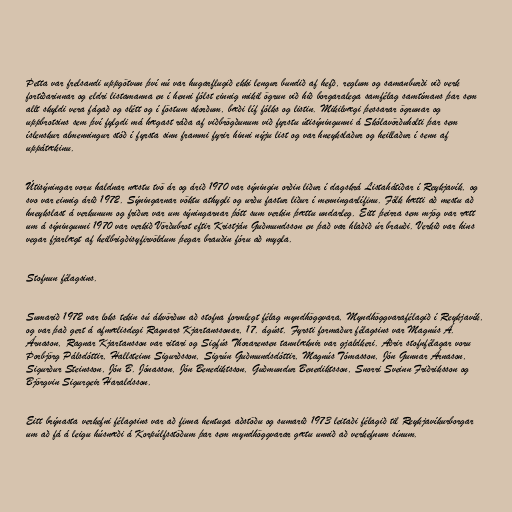
Þetta var frelsandi uppgötvun því nú var hugarflugið ekki lengur bundið af hefð, reglum og samanburði við verk
fortíðarinnar og eldri listamanna en í henni fólst einnig mikil ögrun við hið borgaralega samfélag samtímans þar sem
allt skyldi vera fágað og slétt og í föstum skorðum, bæði líf fólks og listin. Mikilvægi þessarar ögrunar og
uppbrotsins sem því fylgdi má hægast ráða af viðbrögðunum við fyrstu útisýningunni á Skólavörðuholti þar sem
íslenskur almenningur stóð í fyrsta sinn frammi fyrir hinni nýju list og var hneykslaður og heillaður í senn af
uppátækinu.

Útisýningar voru haldnar næstu tvö ár og árið 1970 var sýningin orðin liður í dagskrá Listahátíðar í Reykjavík, og
svo var einnig árið 1972. Sýningarnar vöktu athygli og urðu fastur liður í menningarlífinu. Fólk hætti að mestu að
hneykslast á verkunum og friður var um sýningarnar þótt sum verkin þættu undarleg. Eitt þeirra sem mjög var rætt
um á sýningunni 1970 var verkið Vörðubrot eftir Kristján Guðmundsson en það var hlaðið úr brauði. Verkið var hins
vegar fjarlægt af heilbrigðisyfirvöldum þegar brauðin fóru að mygla.

Stofnun félagsins.

Sumarið 1972 var loks tekin sú ákvörðun að stofna formlegt félag myndhöggvara, Myndhöggvarafélagið í Reykjavík,
og var það gert á afmælisdegi Ragnars Kjartanssonar, 17. ágúst. Fyrsti formaður félagsins var Magnús Á.
Árnason, Ragnar Kjartansson var ritari og Sigfús Thorarensen tannlæknir var gjaldkeri. Aðrir stofnfélagar voru
Þorbjörg Pálsdóttir, Hallsteinn Sigurðsson, Sigrún Guðmundsdóttir, Magnús Tómasson, Jón Gunnar Árnason,
Sigurður Steinsson, Jón B. Jónasson, Jón Benediktsson, Guðmundur Benediktsson, Snorri Sveinn Friðriksson og
Björgvin Sigurgeir Haraldsson.

Eitt brýnasta verkefni félagsins var að finna hentuga aðstöðu og sumarið 1973 leitaði félagið til Reykjavíkurborgar
um að fá á leigu húsnæði á Korpúlfsstöðum þar sem myndhöggvarar gætu unnið að verkefnum sínum.